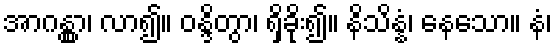
အာဂန္တွာ၊ လာ၍။ ဝန္ဒိတွာ၊ ရှိခိုး၍။ နိသိန္နံ၊ နေသော။ နံ၊